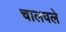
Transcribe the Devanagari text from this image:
चालवले